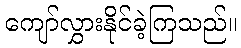
ကျော်လွှားနိုင်ခဲ့ကြသည်။